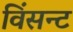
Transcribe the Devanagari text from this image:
विंसन्ट